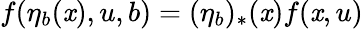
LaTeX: f(\eta_{b}(\mathit{x}),u,b)=(\eta_{b})_{*}(\mathit{x})f(\mathit{x},u)